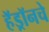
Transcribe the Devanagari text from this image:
हॅड्रॉनचे